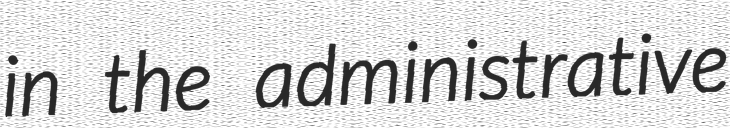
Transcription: in the administrative